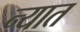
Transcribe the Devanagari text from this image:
न्यात